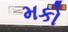
મકો